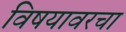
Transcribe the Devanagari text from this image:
विषयावरचा